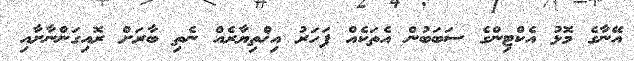
އޭނާގެ މޮޅު އެކްޓިންގެ ސަބަބުން އެތަކެއް ފަހަރު އިޚްތިޔާރެއް ނެތި ބާރަށް ރޮއިގަންނާށާއި